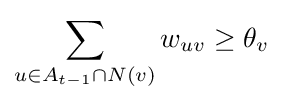
\sum _{u\in A_{t-1}\cap N(v)}w_{uv}\geq \theta _{v}